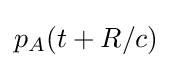
p_{A}(t+R/c)